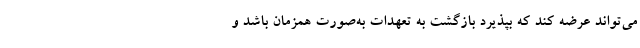
می‌تواند عرضه کند که بپذیرد بازگشت به تعهدات به‌صورت همزمان باشد و